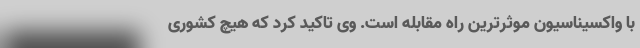
با واکسیناسیون موثرترین راه مقابله است. وی تاکید کرد که هیچ کشوری